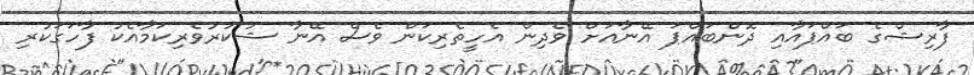
ފާރިޝްގެ ބައްޕައާއި ދޮންބައްޕަ އޭނާއަށް ވެދިން އެހީތެރިކަން ވެސް އޭނާ ޝުކުރުވެރިކަމާއެކު ފާހަަގަކުރި